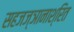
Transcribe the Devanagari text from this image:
सहजज्ञानाश्रित